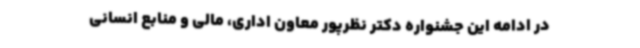
در ادامه این جشنواره دکتر نظرپور معاون اداری، مالی و منابع انسانی